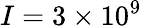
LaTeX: I=3\times 10^{9}